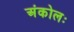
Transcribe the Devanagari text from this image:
अंकोलः